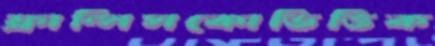
ফ্রান্সিসকোভিত্তিক